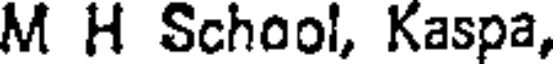
M H School, Kaspa,